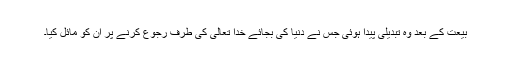
بیعت کے بعد وہ تبدیلی پیدا ہوئی جس نے دنیا کی بجائے خدا تعالیٰ کی طرف رجوع کرنے پر اُن کو مائل کیا۔